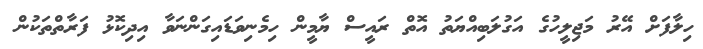
ހިލާފަށް އޭރު މަޖިލީހުގެ އަގުލަބިއްޔަތު އޮތް ރައީސް ޔާމީން ހިމެނިވަޑައިގަންނަވާ އިދިކޮޅު ފަރާތްތަކުން